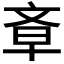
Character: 𣁌